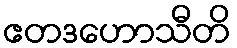
ဧတဒဟောသီတိ